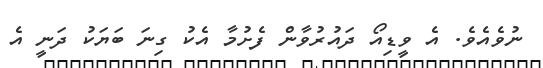
ނުވެއެވެ. އެ ވީޑިއޯ ދައުރުވާން ފެށުމާ އެކު ގިނަ ބަޔަކު ދަނީ އެ